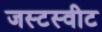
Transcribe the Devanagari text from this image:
जस्टस्वीट